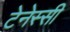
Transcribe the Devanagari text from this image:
टेनेस्सी